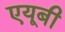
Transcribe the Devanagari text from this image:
एयूबी